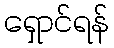
ရှောင်ရန်